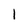
Character: 1